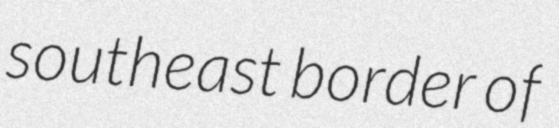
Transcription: southeast border of